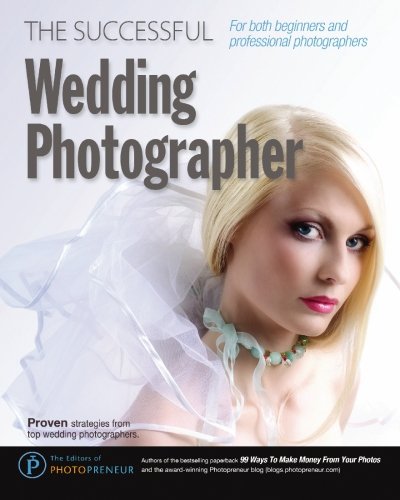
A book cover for The Successful Wedding Photographer; The Editors of Photopreneur; Crafts, Hobbies & Home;